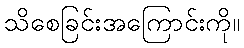
သိစေခြင်းအကြောင်းကို။